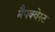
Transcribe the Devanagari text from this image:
मैपक्वेस्ट